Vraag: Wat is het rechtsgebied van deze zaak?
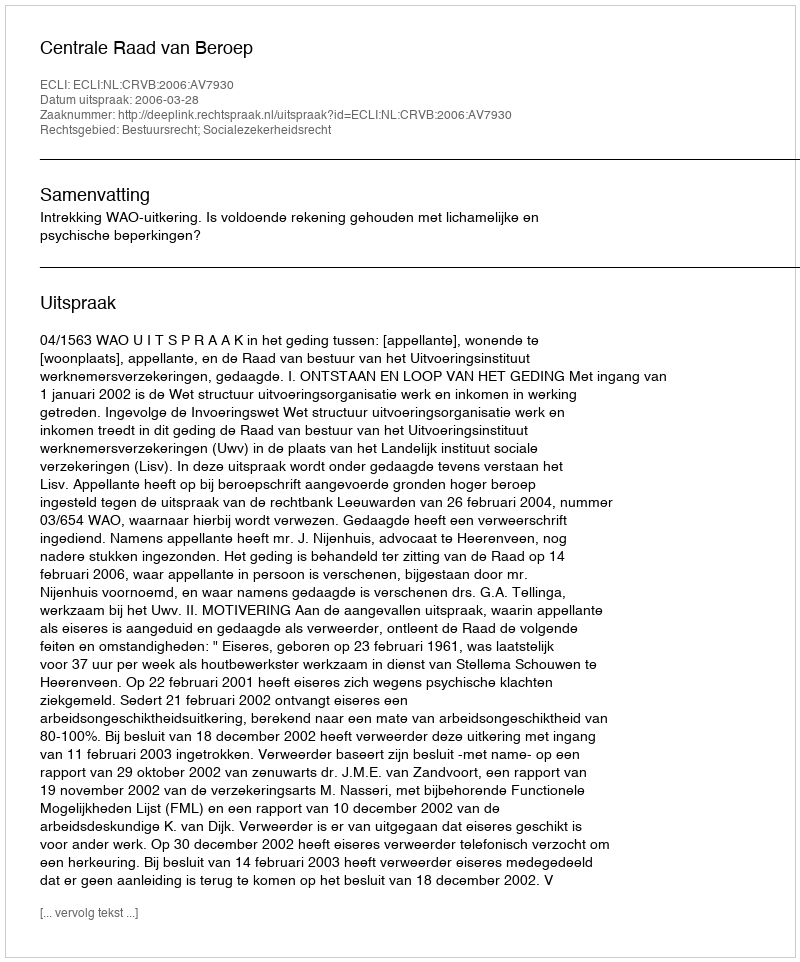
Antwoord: Bestuursrecht; Socialezekerheidsrecht